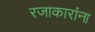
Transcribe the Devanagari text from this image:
रजाकारांना